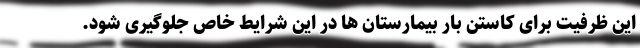
این ظرفیت برای کاستن بار بیمارستان ها در این شرایط خاص جلوگیری شود.